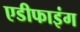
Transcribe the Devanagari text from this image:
एडीफाइंग